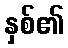
နှစ်၏